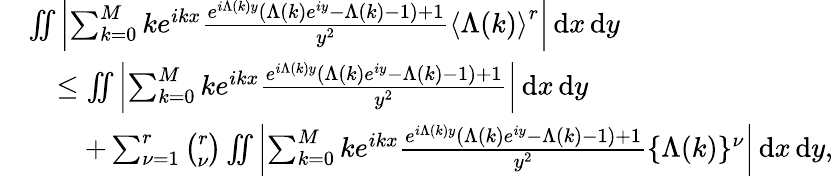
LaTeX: \begin{array}{rl}&{\iint\left\vert\sum_{k=0}^{M}ke^{ikx}\frac{e^{i\Lambda(k)y}(\Lambda(k)e^{iy}-\Lambda(k)-1)+1}{y^{2}}\left\langle\Lambda(k)\right\rangle^{r}\right\vert\, \textnormal{d}x\, \textnormal{d}y}\\ &{\quad\leq\iint\left\vert\sum_{k=0}^{M}ke^{ikx}\frac{e^{i\Lambda(k)y}(\Lambda(k)e^{iy}-\Lambda(k)-1)+1}{y^{2}}\right\vert\, \textnormal{d}x\, \textnormal{d}y}\\ &{\qquad+\sum_{\nu=1}^{r}\binom{r}{\nu}\iint\left\vert\sum_{k=0}^{M}ke^{ikx}\frac{e^{i\Lambda(k)y}(\Lambda(k)e^{iy}-\Lambda(k)-1)+1}{y^{2}}\{ \Lambda(k)\} ^{\nu}\right\vert\, \textnormal{d}x\, \textnormal{d}y,}\end{array}